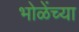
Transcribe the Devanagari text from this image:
भोळेंच्या